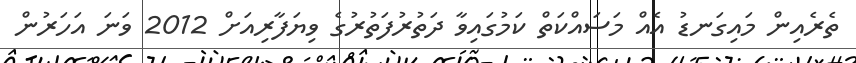
ތެރެއިން މައިގަނޑު އެއް މަސައްކަތް ކަމުގައިވާ ދަތުރުފަތުރުގެ ވިޔަފާރިއަށް 2012 ވަނަ އަހަރުން